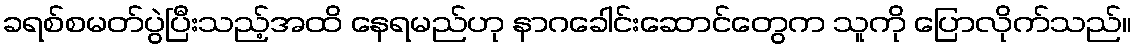
ခရစ်စမတ်ပွဲပြီးသည့်အထိ နေရမည်ဟု နာဂခေါင်းဆောင်တွေက သူကို ပြောလိုက်သည်။